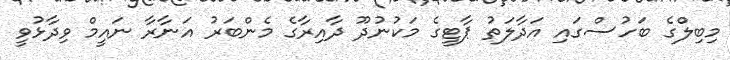
މިބިލްގެ ބަހުސްގައި އަދާލަތު ޕާޓީގެ މަކުނުދޫ ދާއިރާގެ މެންބަރު އަނާރާ ނައީމް ވިދާޅުވީ